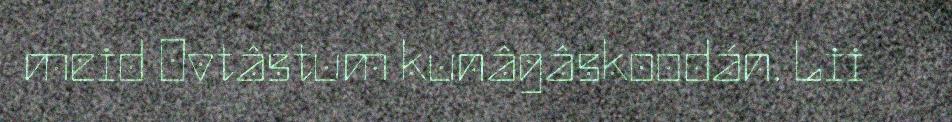
meid Ovtâstum kunâgâskoodán. Lii